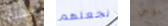
مهنتها نجعلهم يوجي